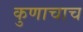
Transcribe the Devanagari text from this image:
कुणाचाच